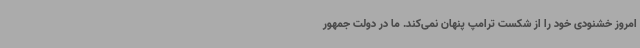
امروز خشنودی خود را از شکست ترامپ پنهان نمی‌کند. ما در دولت جمهور